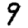
Digit: 9